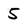
Character: 5